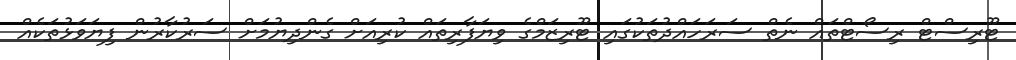
ޓޫރިސްޓް ރިސޯޓްތައް ނެތް ސަރަހައްދުތަކުގައި ޓޫރިޒަމްގެ ވިޔަފާރިތައް ކުރިއަށް ގެންދިޔުމަށް ސަރުކާރުން ފިޔަވަޅުތަކެއް